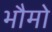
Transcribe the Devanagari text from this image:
भौमो